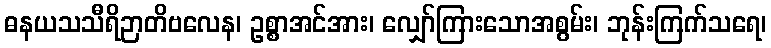
ဓနယသသီရိဉာတိဗလေန၊ ဥစ္စာအင်အား၊ လျှော်ကြားသောအစွမ်း၊ ဘုန်းကြက်သရေ၊